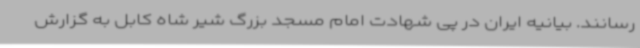
رسانند. بیانیه ایران در پی شهادت امام مسجد بزرگ شیر شاه کابل به گزارش